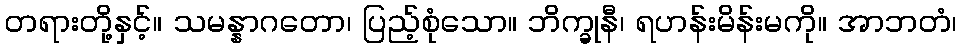
တရားတို့နှင့်။ သမန္နာဂတော၊ ပြည့်စုံသော။ ဘိက္ခုနီ၊ ရဟန်းမိန်းမကို။ အာဘတံ၊